NAE_EAA_T-354_Tartu_Tamme_Gumnaasium, lk 8
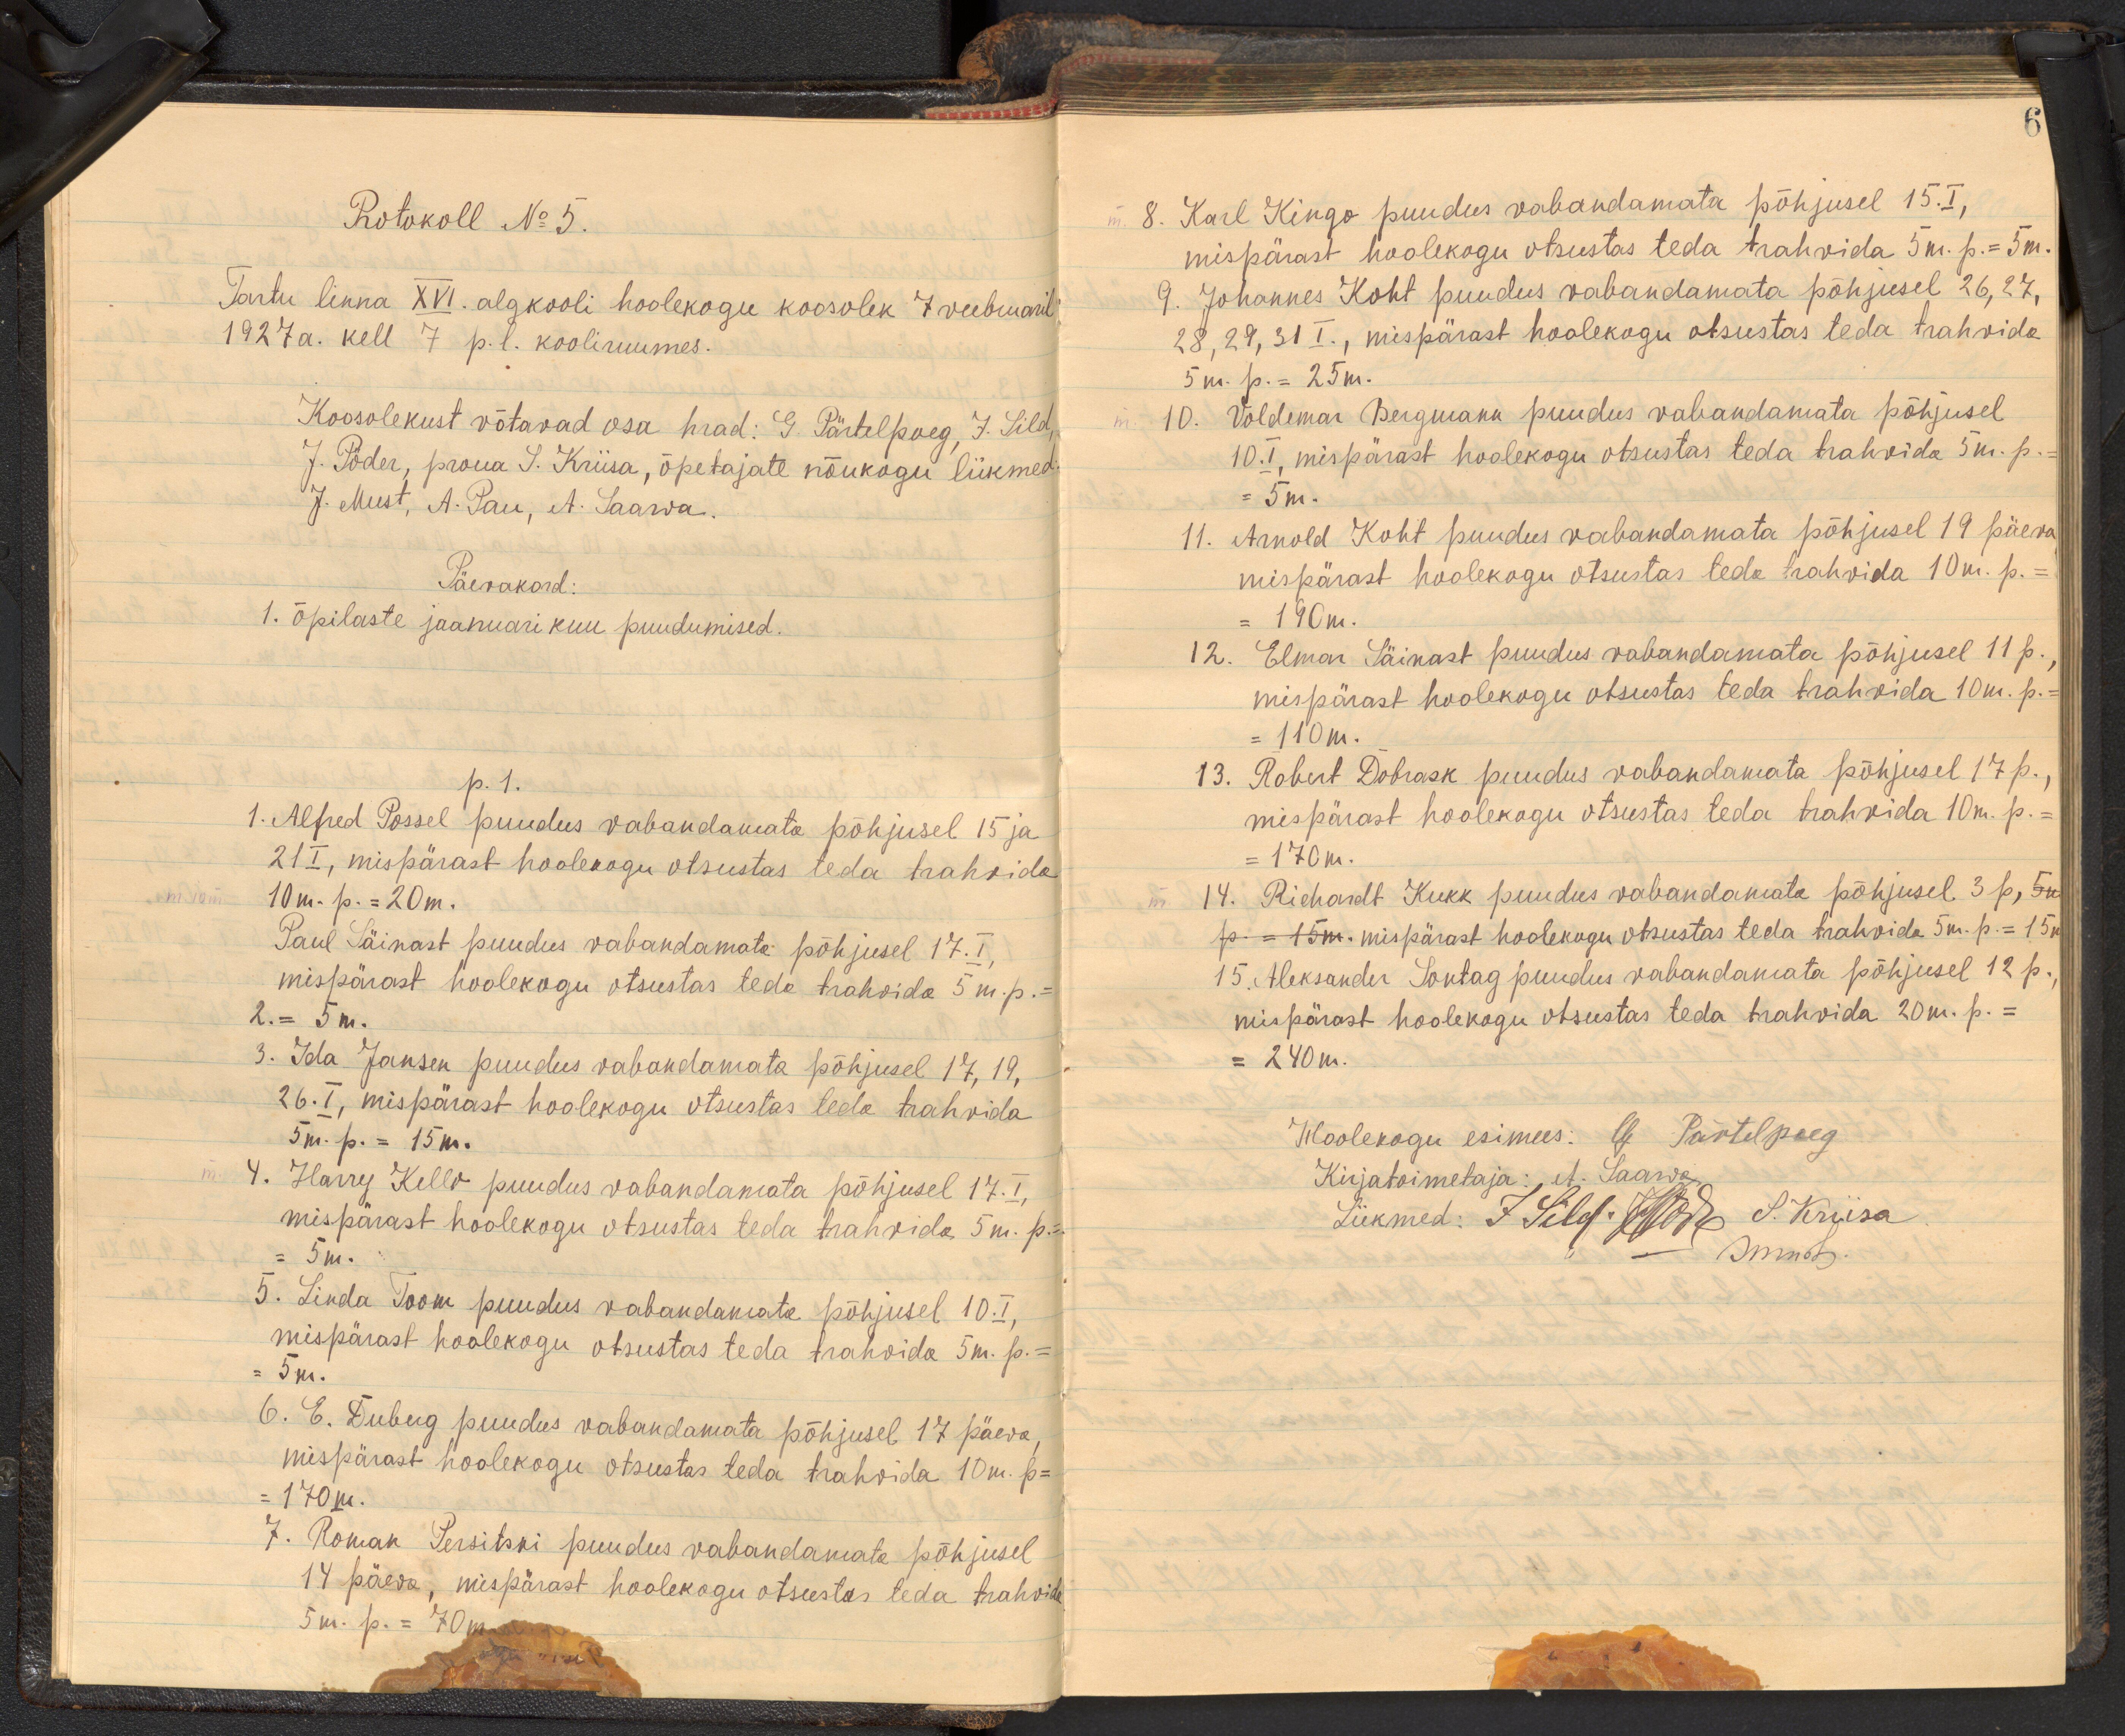
6

Protokoll No 5.
Tartu linna XVI. algkooli hoolekogu koosolek 7 veebruaril
1927 a. kell 7 p. l. kooliruumes.
Koosolekust võtavad osa head: G. Pärtelpoeg, J. Sild,
7. Põder, proua S. Kriisa, õpetajate nõukogu liikmed
J. Must, A. Pau, et. Saarwa.
Päevakord:
1. õpilaste jaanuari kuu puudumised.
p.1.
1. Alfred Possel puudus vabandamata põhjusel 15 ja
21 I, mispärast hoolekogu otsustas teda trahvida
10 m. p. = 20 m.
Paul Säinast puudus vabandamata põhjusel 17.I.
mispärast hoolekogu otsustas teda trahvida 5 m.p.
2.= 5 m.
3. Ida Jansen puudus vabandamata põhjusel 17, 19,
26. I, mispärast hoolekogu otsustas teda trahvida
5 m. p. = 15 m.
4. Harry Kello puudus vabandamata põhjusel 17.I.
mispärast hoolekogu otsustas teda trahwida 5 m. p.
= 5m.
5. Linda Toom puudus vabandamata põhjusel 10.I,
mispärast hoolekogu otsustas teda trahvida 5 m. p. =
5 m.
6. E. Duberg puudus vabandamata põhjusel 17 päeva.
mispärast hoolekogu otsustas teda trahvida 10 m. p=
170 m.
7. Roman Persitski puudus vabandamata põhjusel
14 päeva, mispärast hoolekogu otsustas teda trahvide
5 m. p. = 70 m.

8. Karl Kingo puudus vabandamata põhjusel 15.I,
mispärast hoolekogu otsustas teda trahvida 5 m. p. = 5m.
9. Johannes Koht puudus vabandamata põhjusel 26, 27.
28, 29, 31 I., mispärast hoolekogu otsustas teda trahvida
5 m. p. = 25 m.
10. Voldemar Bergmann puudus vabandamata põhjusel
10.I, mispärast hoolekogu otsustas teda trahvida 5 m. p.
= 5 m.
11. Arnold Koht puudus vabandamata põhjusel 19 päeva
mispärast hoolekogu otsustas teda trahvida 10 m. p.
=190 m.
12. Elmar Säinast puudus vabandamata põhjusel 11p.
mispärast hoolekogu otsustas teda trahvida 10 m. p.
= 110 m.
13. Robert Dobrask puudus vabandamata põhjusel 17p.,
mispärast hoolekogu otsustas teda trahvida 10 m. p.-
170 m.
14. Richardt Kukk puudus vabandamata põhjusel 3 p,
mispärast hoolekogu otsustas teda trahvida 5 m. p. = 15 m.
15. Aleksander Sontag puudus rabandamata põhjusel 12 p.
mispärast hoolekogu otsustas teda trahvida 20m. p.
= 240 m.
Hoolekogu esimees: G. Pärtelpoeg
Kirjatoimetaja: et Saarwa
Liikmed: J Sild. J. Kriisa
- Smuti